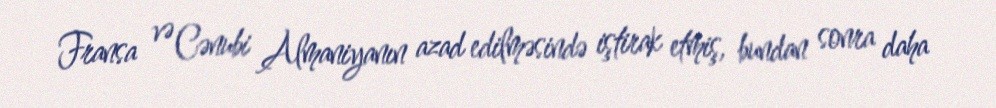
Fransa və Cənubi Almaniyanın azad edilməsində iştirak etmiş, bundan sonra daha